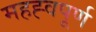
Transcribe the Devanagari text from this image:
महह्वपूर्ण